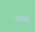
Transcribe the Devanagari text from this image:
रामसाह